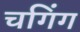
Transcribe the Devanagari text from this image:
चगिंग